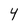
Character: 4